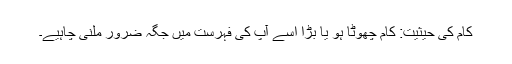
کام کی حیثیت: کام چھوٹا ہو یا بڑا اُسے آپ کی فہرست میں جگہ ضرور ملنی چاہیے۔